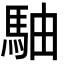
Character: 駎